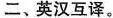
二、英汉互译。